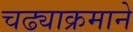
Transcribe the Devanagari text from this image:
चढ्याक्रमाने